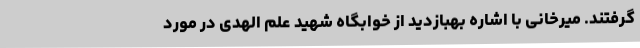
گرفتند. میرخانی با اشاره بهبازدید از خوابگاه شهید علم الهدی در مورد